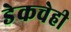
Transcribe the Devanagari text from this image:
डेकचेही